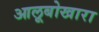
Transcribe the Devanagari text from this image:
आलूबोखारा